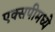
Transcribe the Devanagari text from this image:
एक्सपीमध्ये